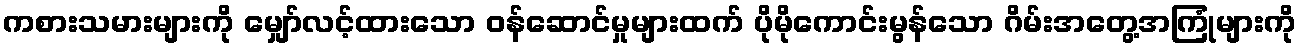
ကစားသမားများကို မျှော်လင့်ထားသော ဝန်ဆောင်မှုများထက် ပိုမိုကောင်းမွန်သော ဂိမ်းအတွေ့အကြုံများကို